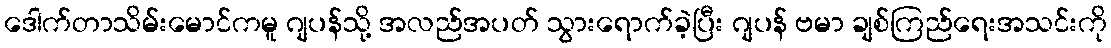
ဒေါက်တာသိမ်းမောင်ကမူ ဂျပန်သို့ အလည်အပတ် သွားရောက်ခဲ့ပြီး ဂျပန် ဗမာ ချစ်ကြည်ရေးအသင်းကို